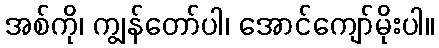
အစ်ကို၊ ကျွန်တော်ပါ၊ အောင်ကျော်မိုးပါ။